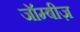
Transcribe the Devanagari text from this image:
जॉम्बीज़